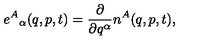
e ^ { A } { } _ { \alpha } ( q , p , t ) = \frac { \partial } { \partial q ^ { \alpha } } n ^ { A } ( q , p , t ) ,